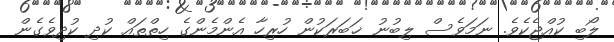
ލޯބި ކުއްޖެކެވެ. ނަމަވެސް ލިބުނު ޚަބަރަކުން ހުރިހާ އެންމެންގެ ހިތްތައް ކުދި ކުދިވެގެން